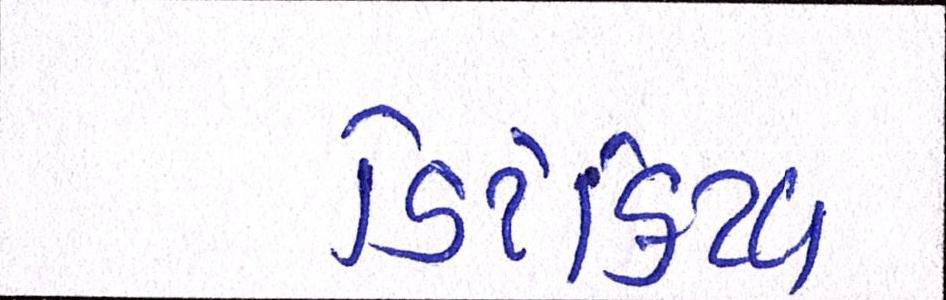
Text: ડિટેક્ટિવ